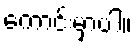
ကောင်းမှာပါ။